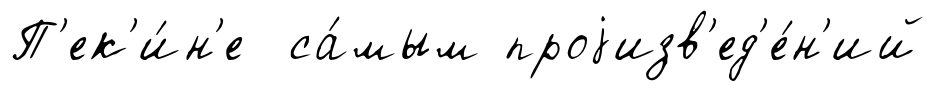
П'ек'и́н'е са́мым проjизв'ед'е́н'ий